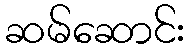
ဆမ်ဆောင်း